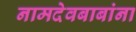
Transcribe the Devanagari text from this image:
नामदेवबाबांना